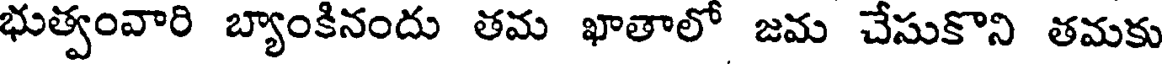
భుత్వంవారి బ్యాంకినందు తమ ఖాతాలో జమ చేసుకొని తమకు